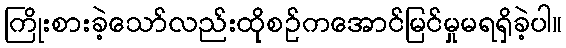
ကြိုးစားခဲ့သော်လည်းထိုစဉ်ကအောင်မြင်မှုမရရှိခဲ့ပါ။